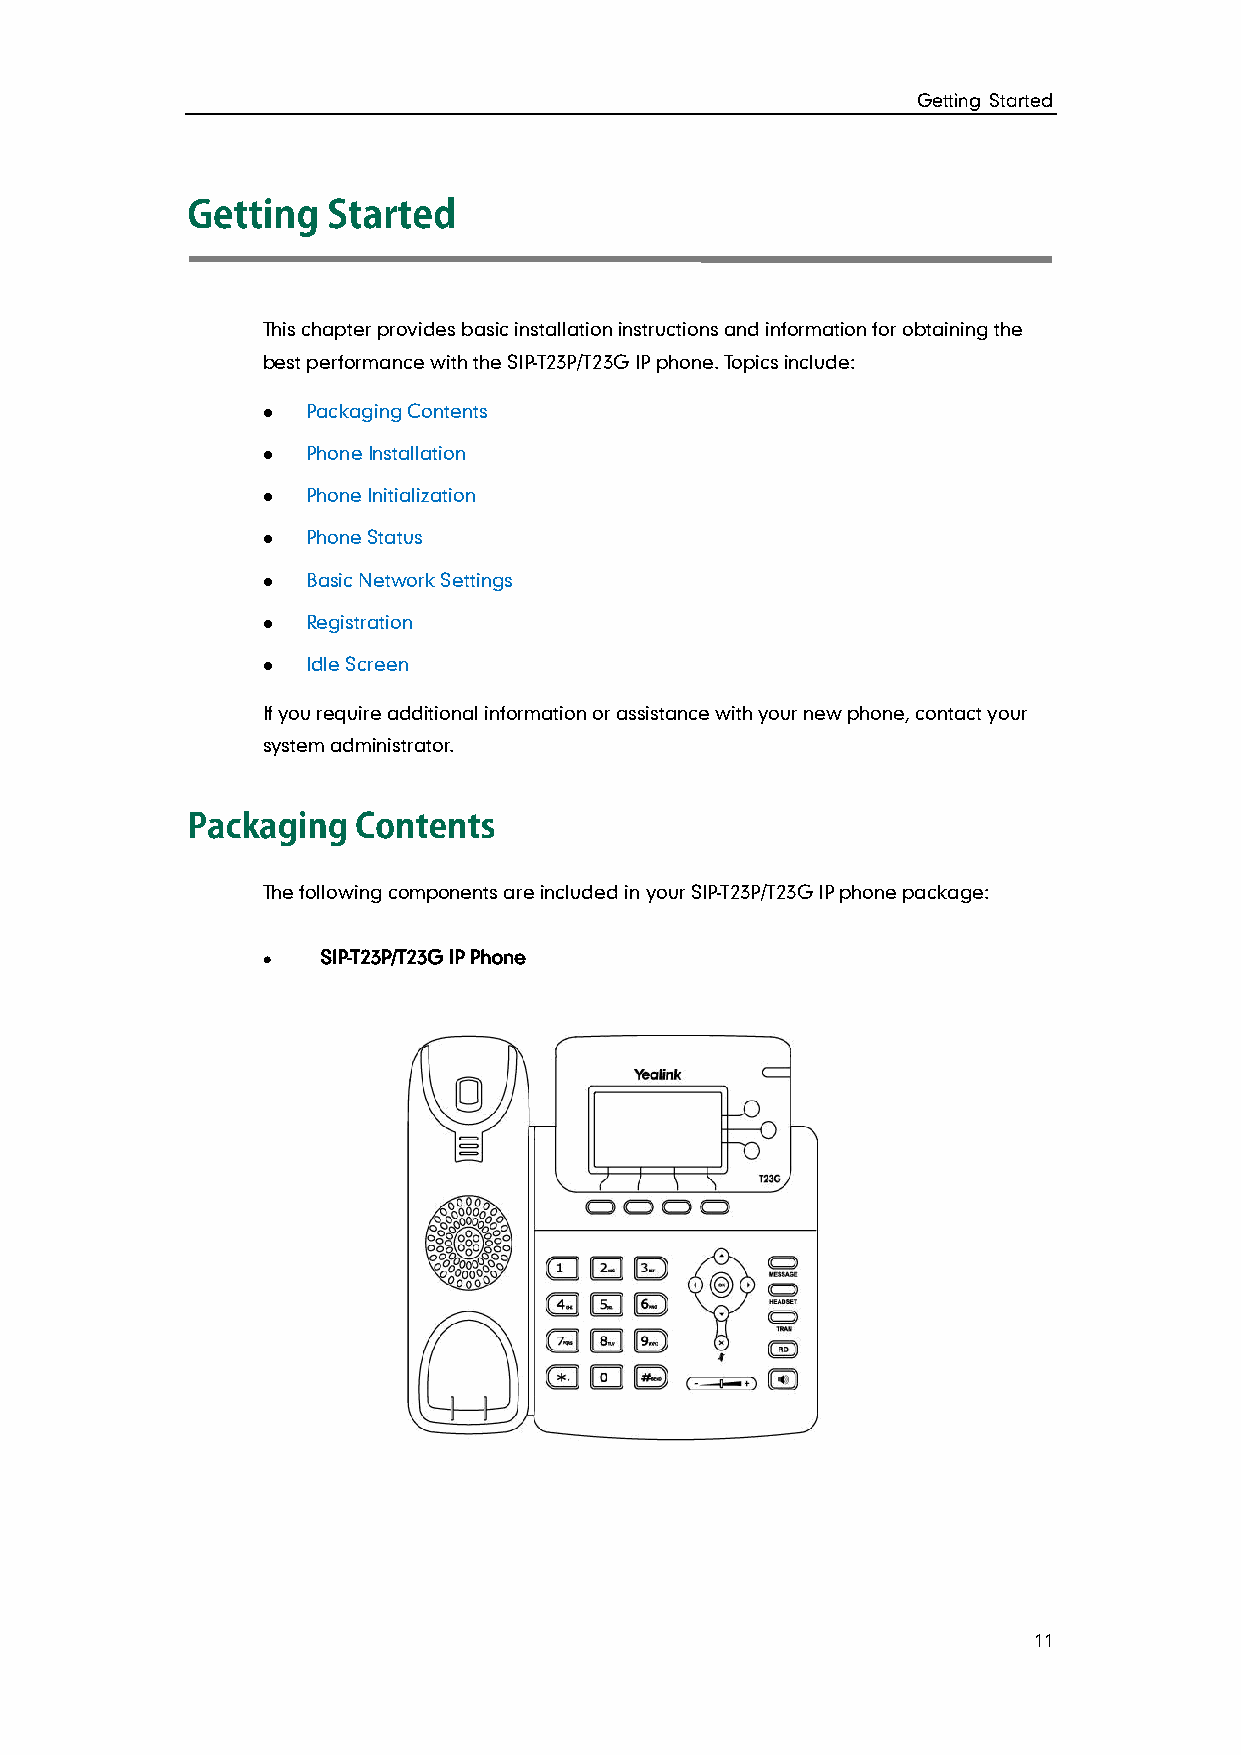
Getting Started
 This chapter provides basic installation instructions and information for obtaining the
 best performance with the SIP-T23P/T23G IP phone. Topics include:
   Packaging Contents
   Phone Installation
   Phone Initialization
   Phone Status
   Basic Network Settings
   Registration
   Idle Screen
 If you require additional information or assistance with your new phone, contact your
 system administrator.
 The following components are included in your SIP-T23P/T23G IP phone package:
    SIP-T23P/T23G IP Phone
 11